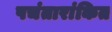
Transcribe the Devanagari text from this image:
पचंतारांकित